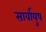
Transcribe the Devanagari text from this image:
सार्वायुष